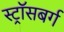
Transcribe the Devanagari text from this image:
स्ट्रॉसबर्ग